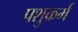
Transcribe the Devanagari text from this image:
पशुकर्म